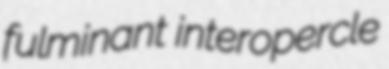
fulminant interopercle